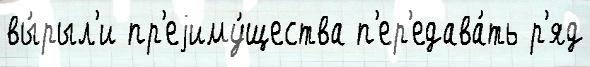
вы́рыл'и пр'еjиму́щества п'ер'едава́ть р'яд